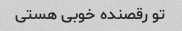
تو رقصنده خوبی هستی